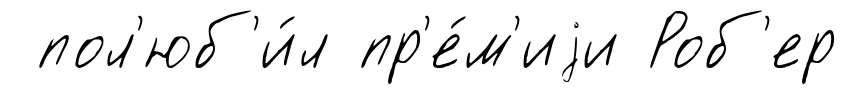
пол'юб'и́л пр'е́м'иjи Роб'ер